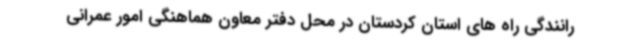
رانندگی راه های استان کردستان در محل دفتر معاون هماهنگی امور عمرانی